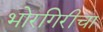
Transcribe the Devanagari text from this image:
भोरगिरीचा